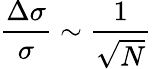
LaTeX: \frac{\Delta\sigma}{\sigma}\sim\frac{1}{\sqrt{N}}